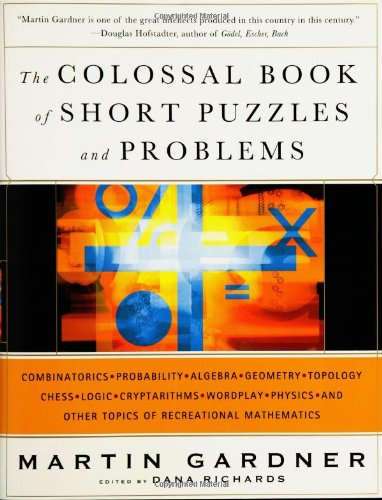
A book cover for The Colossal Book of Short Puzzles and Problems; Martin Gardner; Humor & Entertainment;